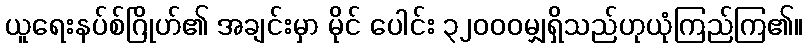
ယူရေးနပ်စ်ဂြိုဟ်၏ အချင်းမှာ မိုင် ပေါင်း ၃၂၀၀၀မျှရှိသည်ဟုယုံကြည်ကြ၏။